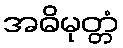
အဓိမုတ္တံ